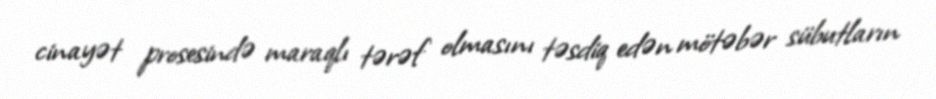
cinayət prosesində maraqlı tərəf olmasını təsdiq edən mötəbər sübutların